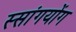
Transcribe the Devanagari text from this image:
स्सांगयोंग